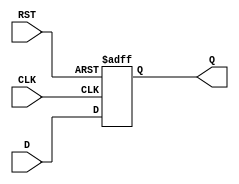
module D_flip_flop (
    input D,
    input CLK,
    input RST,
    output reg Q
);

always @(posedge CLK or posedge RST)
begin
    if (RST == 1'b1)
        Q <= 1'b0;    // Reset the flip-flop
    else
        Q <= D;    // Store the input D on the rising edge of the clock
end

endmodule